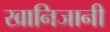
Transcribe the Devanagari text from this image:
खानिजानी